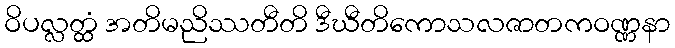
ဝိပလ္လတ္ထံ အတိမညိဿတီတိ ဒီဃီတိကောသလဇာတကဝဏ္ဏနာ